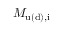
M _ { \mathrm { u ( d ) , i } }